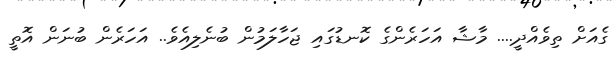
ގެއަށް ތިވެއްދީ.... މާޝާ އަހަރެންގެ ކޮނޑުގައި ޖަހާލަމުން ބުނެލިއެވެ.. އަހަރެން ބުނަން އޮތީ